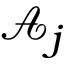
\mathcal { A } _ { j }